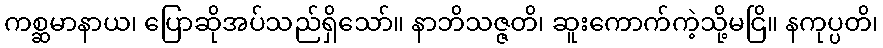
ကစ္ဆမာနာယ၊ ပြောဆိုအပ်သည်ရှိသော်။ နာဘိသဇ္ဇတိ၊ ဆူးကောက်ကဲ့သို့မငြိ။ နကုပ္ပတိ၊